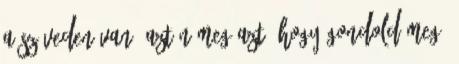
a szíveden van, aztán meg azt, hogy gondold meg,